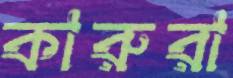
কারুরা